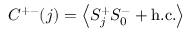
C ^ { + - } ( j ) = \left< S _ { j } ^ { + } S _ { 0 } ^ { - } + \mathrm { h . c . } \right>